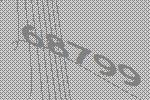
68799